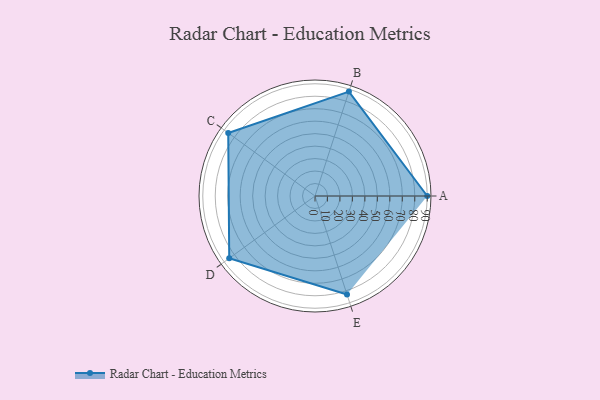
{"axis": {"x": "Skill", "y": "Score"}, "legend": ["Profile"], "data": [{"x": "A", "y": 90.0, "type": "Profile"}, {"x": "B", "y": 88.0, "type": "Profile"}, {"x": "C", "y": 86.0, "type": "Profile"}, {"x": "D", "y": 85.0, "type": "Profile"}, {"x": "E", "y": 83.0, "type": "Profile"}]}